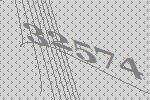
32574